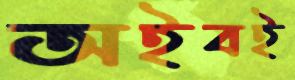
অইবই